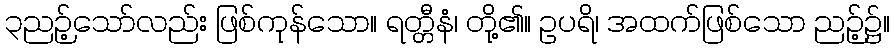
၃ညဉ့်သော်လည်း ဖြစ်ကုန်သော။ ရတ္တီနံ၊ တို့၏။ ဥပရိ၊ အထက်ဖြစ်သော ညဉ့်၌။